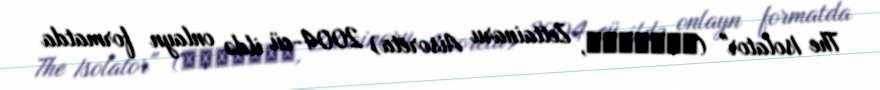
The Isolator" (絶対ナル孤独者, Zettainaru Aisorēta) 2004-cü ildə onlayn formatda